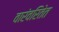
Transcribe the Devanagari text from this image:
वारंवरितेत